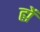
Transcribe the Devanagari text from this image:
ह्में